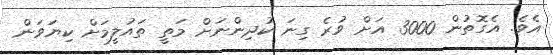
އެވެ. އެގޮތުން 3000 އަށް ވުރެ ގިނަ ކުދިންނަށް މަތީ ތައުލީމަށް ކިޔަވަން